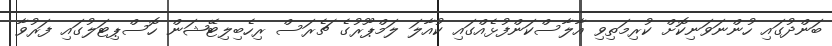
ބަންދުގައި ހުންނަވަނިކޮށް ކުރިމަތިވި އާލާސްކަންފުޅެއްގައި ކުއާލަ ލަމްޕޫރުގެ ޗެރަސް ރިހެބިލިޓޭޝަން ހޮސްޕިޓަލުގައި ފަރުވާ